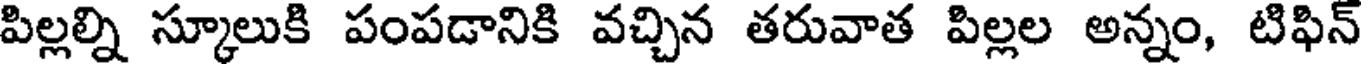
పిల్లల్ని స్కూలుకి పంపడానికి వచ్చిన తరువాత పిల్లల అన్నం, టిఫిన్